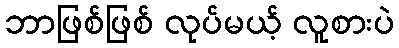
ဘာဖြစ်ဖြစ် လုပ်မယ့် လူစားပဲ